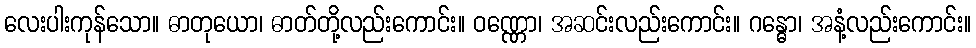
လေးပါးကုန်သော။ ဓာတုယော၊ ဓာတ်တို့လည်းကောင်း။ ဝဏ္ဏော၊ အဆင်းလည်းကောင်း။ ဂန္ဓော၊ အနံ့လည်းကောင်း။